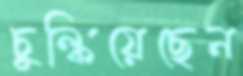
চুল্‌কিয়েছেন